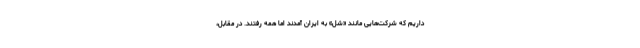
داریم که شرکت‌هایی مانند «شل» به ایران آمدند اما همه رفتند. در مقابل،